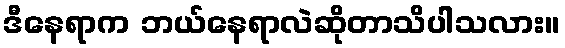
ဒီနေရာက ဘယ်နေရာလဲဆိုတာသိပါသလား။